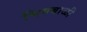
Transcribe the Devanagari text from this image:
भिगबाळी